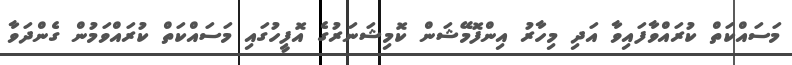
މަސައްކަތް ކުރައްވާފައިވާ އަދި މިހާރު އިންފޮމޭޝަން ކޮމިޝަނަރުގެ އޮފީހުގައި މަސައްކަތް ކުރައްވަމުން ގެންދަވާ